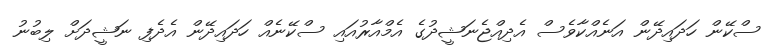
ސްކޭން ހަދައިދޭން އަނެއްކާވެސް އެދިއްޖެނަޝީދުގެ އެމްއާރުއައި ސްކޭނެއް ހަދައިދޭން އެދެފި ނަޝީދަށް ލިބުނު